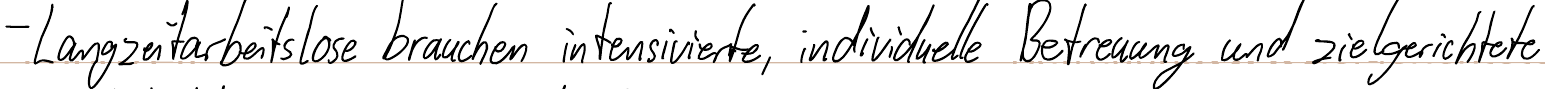
- Langzeitarbeitslose brauchen intensivierte, individuelle Betreuung und zielgerichtete